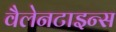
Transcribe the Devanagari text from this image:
वैलेनटाइन्स